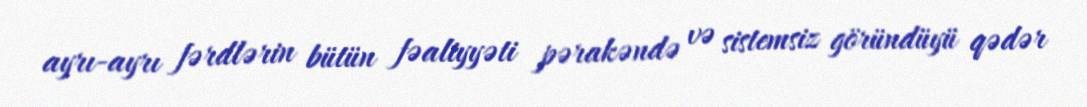
ayrı-ayrı fərdlərin bütün fəaliyyəti pərakəndə və sistemsiz göründüyü qədər